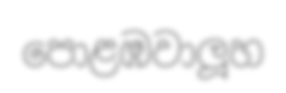
පොළඹවාලූහ